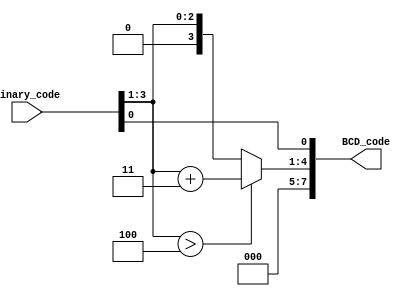
//############################################################################
//++++++++++++++++++++++++++++++++++++++++++++++++++++++++++++++++++++++++++++
//   Module Name : B2BCD_IP
//++++++++++++++++++++++++++++++++++++++++++++++++++++++++++++++++++++++++++++
//############################################################################

module B2BCD_IP #(parameter WIDTH = 4, parameter DIGIT = 2) (
    // Input signals
    Binary_code,
    // Output signals
    BCD_code
);

// ===============================================================
// Declaration
// ===============================================================
input  [WIDTH-1:0]   Binary_code; // 7 = W
output [DIGIT*4-1:0] BCD_code;    // 3 D=3

wire [DIGIT*4+1:0]line[0:WIDTH-4];
wire flag[0:WIDTH];
wire [DIGIT*4+1:0]in_data;
parameter B=(4*DIGIT)-WIDTH;  //

// ===============================================================
// Soft IP DESIGN
// =============================================================
assign in_data = Binary_code;////{{B{1'b0}},Binary_code};
genvar i,j,k;
assign line[0][WIDTH-4:0] = in_data[WIDTH-4:0];
assign flag[0]=1;
assign line[0][DIGIT*4+1:WIDTH+1] = in_data[DIGIT*4+1:WIDTH+1];
assign flag[WIDTH]=1;
assign {line[0][WIDTH-:4]} = ({in_data[WIDTH -: 4]} > 4'd4)? ({in_data[WIDTH -: 4]} +4'd3):({in_data[WIDTH -: 4]});
generate
    for(i=1;i<=(WIDTH-4);i=i+1)begin: loop_i
        for(j=0;j<=(i/3);j=j+1)begin: loop_j 
            assign {line[i][WIDTH-i+(i/3)*4-(4*j) -: 4]} = ( line[i-1][WIDTH-i+(i/3)*4-(4*j) -: 4] > 4'd4)? (line[i-1][WIDTH-i+(i/3)*4-(4*j) -: 4] +4'd3):(line[i-1][WIDTH-i+(i/3)*4-(4*j) -: 4]);
            assign flag[i]=1;
            assign line[i][WIDTH-4-i:0]=line[i-1][WIDTH-4-i:0];
            assign line[i][DIGIT*4+1:WIDTH-i+(i/3)*4+1] = line[i-1][DIGIT*4+1:WIDTH-i+(i/3)*4+1];
        end
    end
    
endgenerate
assign BCD_code = line[WIDTH-4];

endmodule